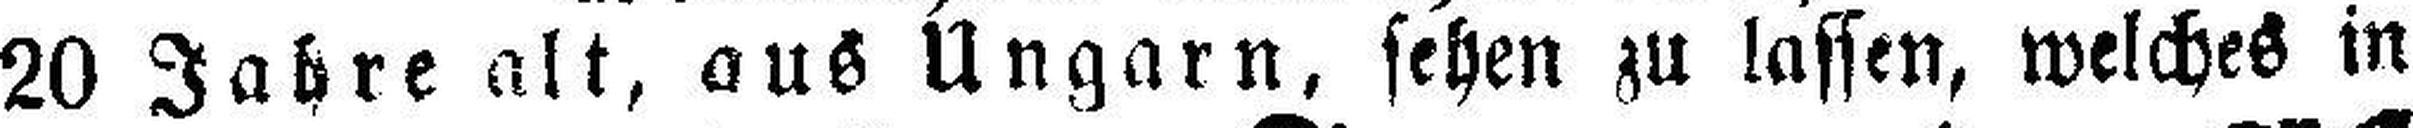
20 Jahre alt, aus Ungarn, sehen zu lassen, welches in